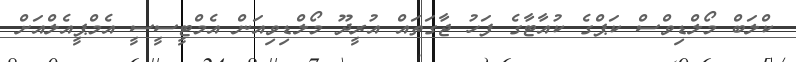
ކްލަބް މޯލްޑިވްސް ކަޕްގެ ކުއާޓާގެ ފަހު ޖާގަތައް އުރީދޫ މޯލްޑިވިއަން އެމްޓީސީސީ އެމްޕީއެލްއަށް